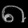
Digit: ၈